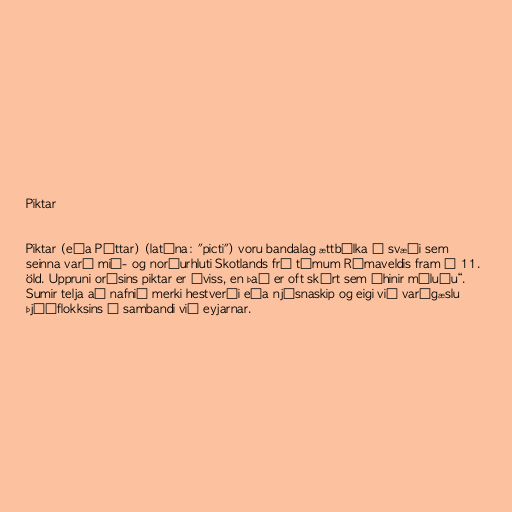
Piktar

Piktar (eða Péttar) (latína: "picti") voru bandalag ættbálka á svæði sem
seinna varð mið- og norðurhluti Skotlands frá tímum Rómaveldis fram á 11.
öld. Uppruni orðsins piktar er óviss, en það er oft skýrt sem „hinir máluðu“.
Sumir telja að nafnið merki hestverði eða njósnaskip og eigi við varðgæslu
þjóðflokksins í sambandi við eyjarnar.